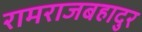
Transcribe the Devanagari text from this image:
रामराजबहादुर